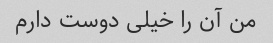
من آن را خیلی دوست دارم